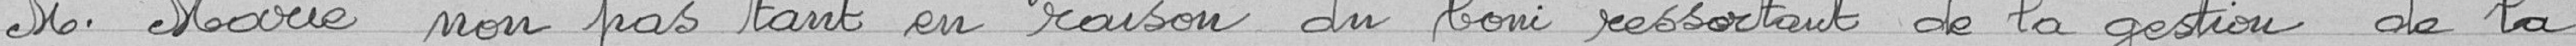
Monsieur Marie non pas tant en raison du boni ressortant de la gestion de la